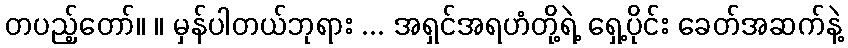
တပည့်တော်။ ။ မှန်ပါတယ်ဘုရား ... အရှင်အရဟံတို့ရဲ့ ရှေ့ပိုင်း ခေတ်အဆက်နဲ့